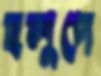
হলুদে